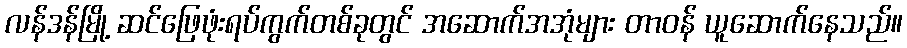
လန်ဒန်မြို့ ဆင်ဖြေဖုံးရပ်ကွက်တစ်ခုတွင် အဆောက်အအုံများ တာဝန် ယူဆောက်နေသည်။